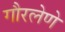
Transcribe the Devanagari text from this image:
गौरलेणे